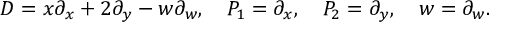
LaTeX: D = x \partial _ { x } + 2 \partial _ { y } - w \partial _ { w } , \quad P _ { 1 } = \partial _ { x } , \quad P _ { 2 } = \partial _ { y } , \quad w = \partial _ { w } .